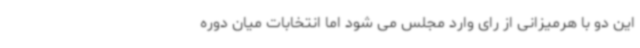
این دو با هرمیزانی از رای وارد مجلس می شود اما انتخابات میان دوره